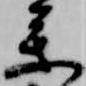
参